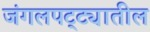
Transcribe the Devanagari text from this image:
जंगलपट्ट्यातील